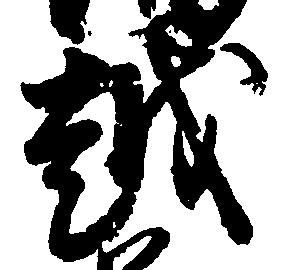
越